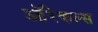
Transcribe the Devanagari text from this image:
ऑरेकल्स